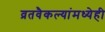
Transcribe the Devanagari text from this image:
व्रतवैकल्यांमध्येही